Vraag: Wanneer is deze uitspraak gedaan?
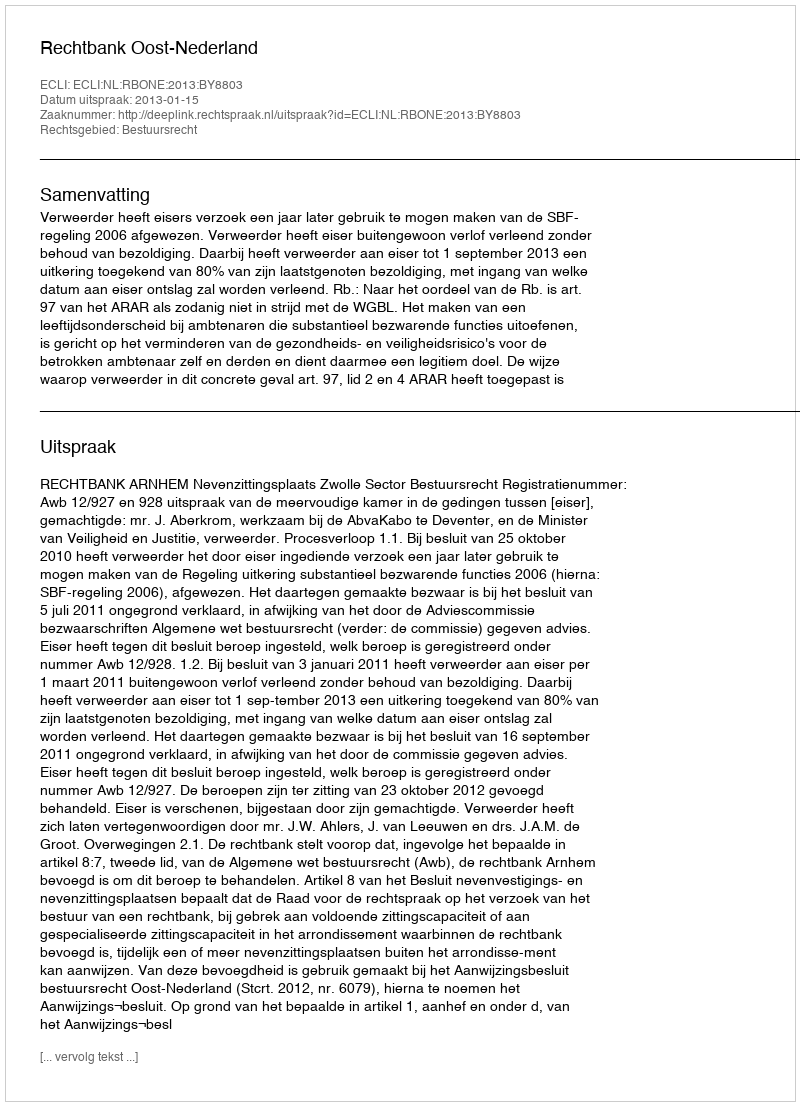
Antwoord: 2013-01-15